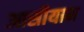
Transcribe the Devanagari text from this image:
आसीयान